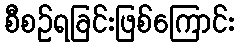
စီစဉ်ရခြင်းဖြစ်ကြောင်း